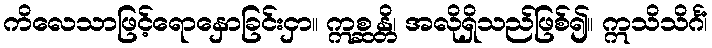
ကိလေသာဖြင့်ရောနှောခြင်းငှာ။ ဣစ္ဆန္တိ၊ အလိုရှိသည်ဖြစ်၍။ ဣသိသိင်္ဂံ၊